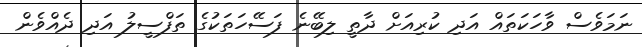
ނަމަވެސް ވާހަކަތައް އަދި ކުރިއަށް ދާތީ ލިބޭނެ ފަސޭހަތަކުގެ ތަފްސީލު އަދި ދެއްވެން